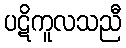
ပဋိကူလသညီ